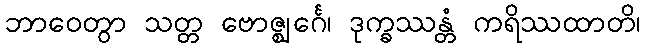
ဘာဝေတွာ သတ္တ ဗောဇ္ဈင်္ဂေ၊ ဒုက္ခဿန္တံ ကရိဿထာတိ၊